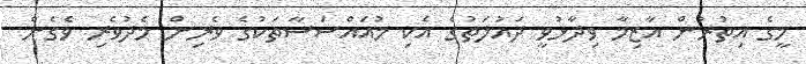
މީގެ އިތުރުން އާޒިމާ ވިދާޅުވީ ދައުލަތުގެ އެކި މުއައްސަސާތަކުގެ ވެރިން މެދުވެރި ވެގެން